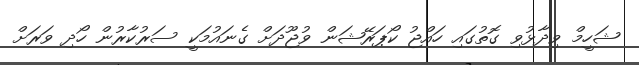
ޝަހީމް ވިދާޅުވި ގޮތުގައި ހައްޖު ކޯޕަރޭޝަން ވުޖޫދަށް ގެނައުމަކީ ސަރުކާރުން ހޯދި ވަރަށް